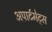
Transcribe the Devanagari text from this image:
अपार्टमेट्स